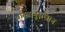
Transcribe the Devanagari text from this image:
शास्त्रानुसंधान